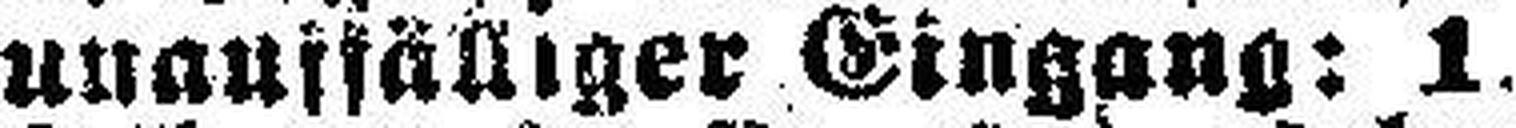
unauffälliger Eingang: 1. B.,